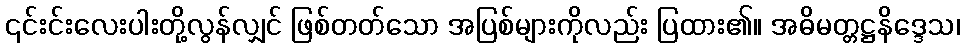
၎င်းင်းလေးပါးတို့လွန်လျှင် ဖြစ်တတ်သော အပြစ်များကိုလည်း ပြထား၏။ အဓိမတ္တဋ္ဌနိဒ္ဒေသ၊